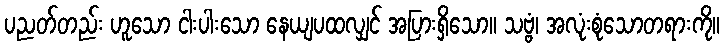
ပညတ်တည်း ဟူသော ငါးပါးသော နေယျပထလျှင် အပြားရှိသော။ သဗ္ဗံ၊ အလုံးစုံသောတရားကို။